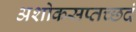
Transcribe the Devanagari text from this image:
अशोकसप्तच्छदं